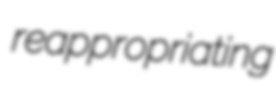
reappropriating